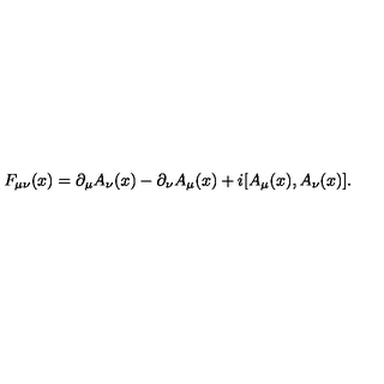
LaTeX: F _ { \mu \nu } ( x ) = \partial _ { \mu } A _ { \nu } ( x ) - \partial _ { \nu } A _ { \mu } ( x ) + i [ A _ { \mu } ( x ) , A _ { \nu } ( x ) ] .